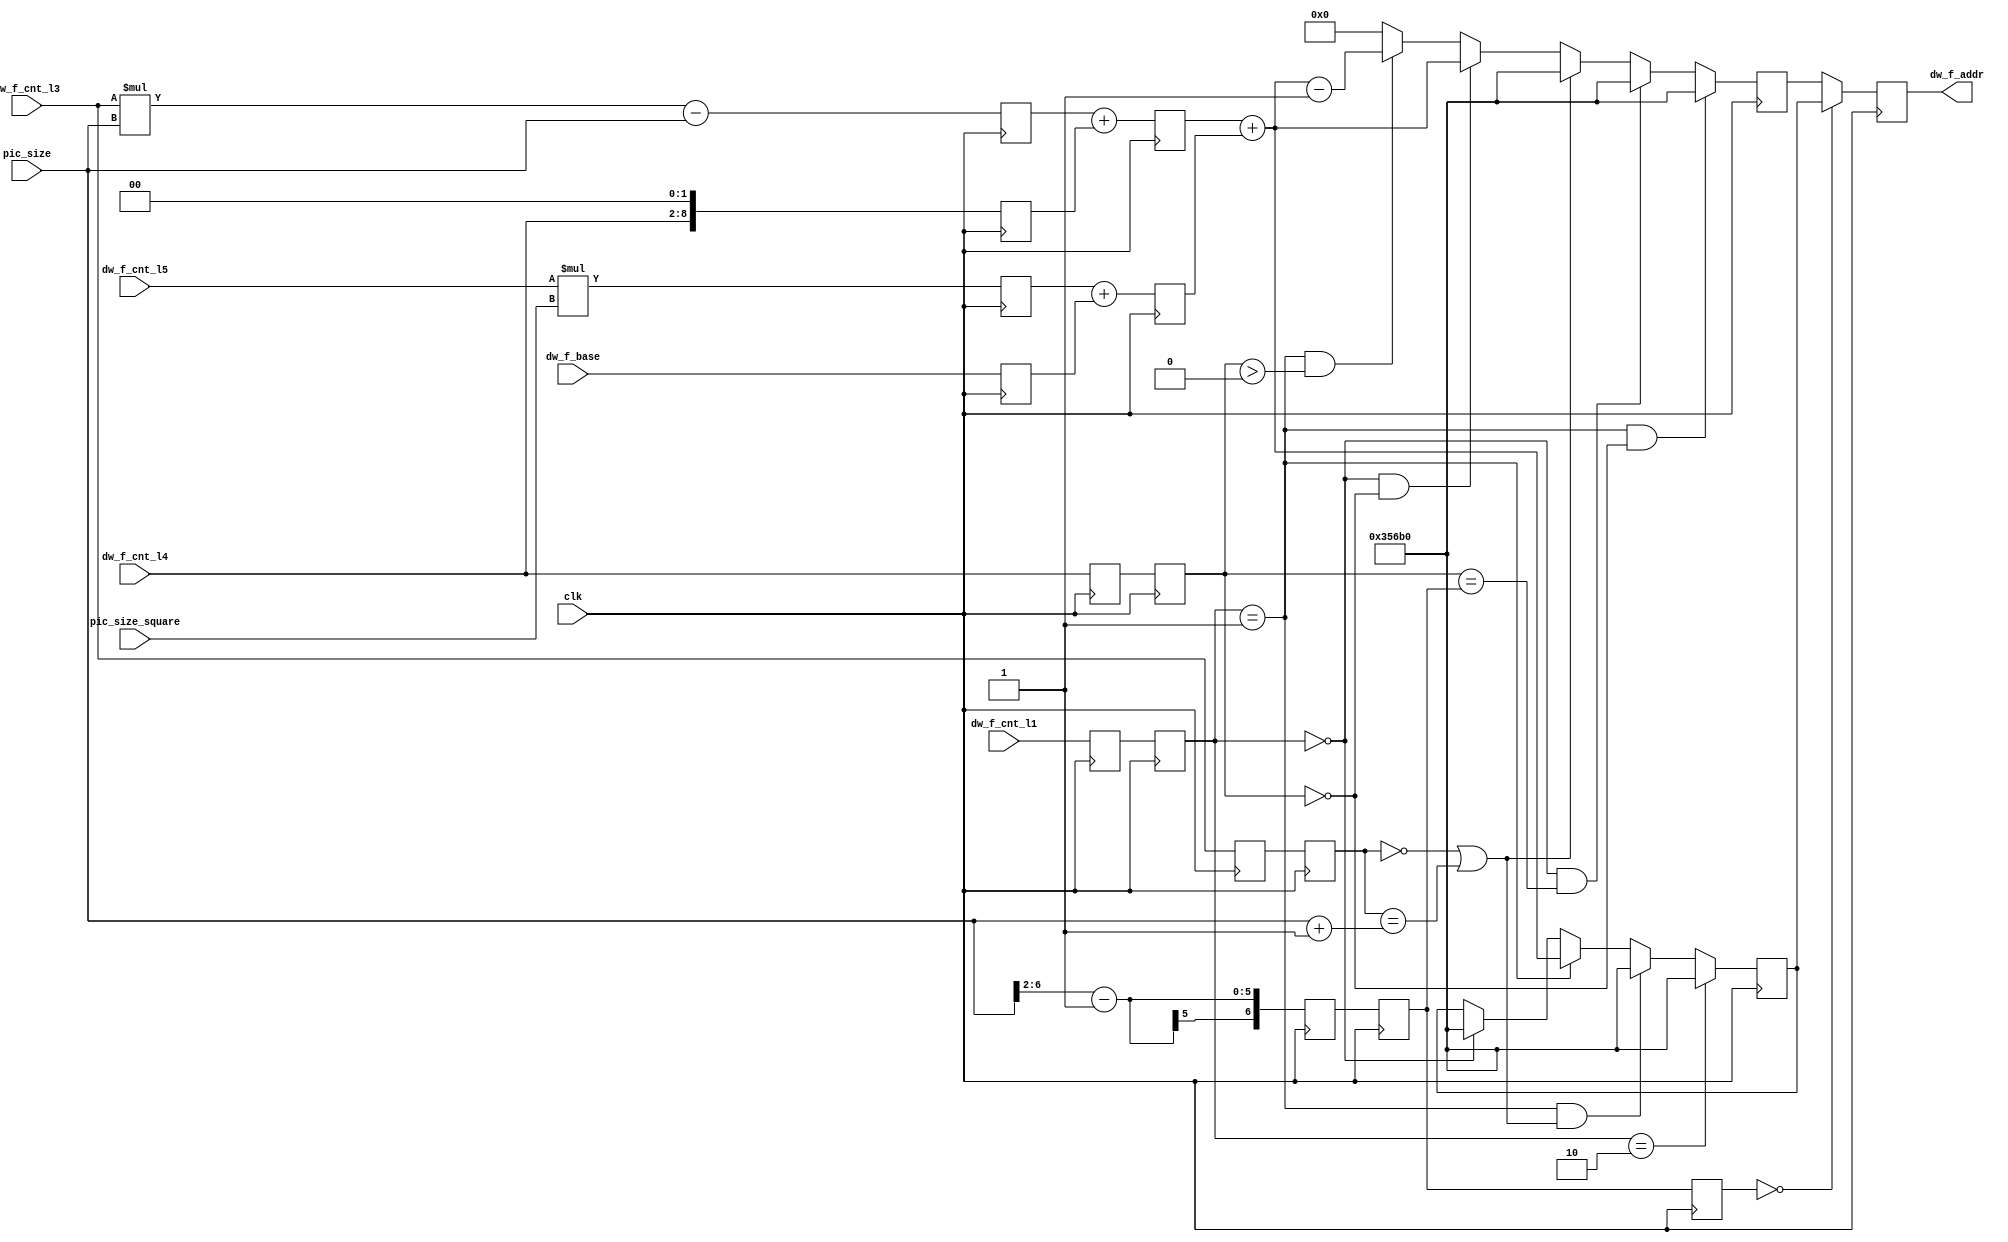
module rd_dw_f_addr_gen(
    input                   clk        ,
    
    input [25:0]            dw_f_base       ,
    input [ 7:0]            pic_size        ,
    input [15:0]            pic_size_square ,
    
    input [ 6:0]            dw_f_cnt_l1     ,
    // input [ 6:0]            dw_f_cnt_l2     ,
    input [ 6:0]            dw_f_cnt_l3     ,
    input [ 6:0]            dw_f_cnt_l4     ,
    input [ 6:0]            dw_f_cnt_l5     ,
    
    output reg [25:0]       dw_f_addr
);
/*
    type1 : dw_f_cnt_l4 == 11'd0 && dw_f_cnt_l1 == 11'd1
            type1_addr = dw_f_base + dw_f_cnt_l3*pic_size + dw_f_cnt_l5*pic_size*pic_size
    type2 : dw_f_cnt_l4 > 11'b0 && dw_f_cnt_l1 == 11'd0
            type2_addr = dw_f_base + dw_f_cnt_l3*pic_size + dw_f_cnt_l4*4 + dw_f_cnt_l5*pic_size*pic_size*16
*/ 
// 
reg [14:0]                  Cntl3_MulPic;
reg [ 8:0]                  Cntl4_Mul2;
reg [22:0]                  Cntl5_MulPsize2;

always @ (posedge clk) begin 
    Cntl3_MulPic    <= dw_f_cnt_l3 * pic_size - pic_size;
    Cntl4_Mul2      <= {dw_f_cnt_l4, 2'b0};
    Cntl5_MulPsize2 <= dw_f_cnt_l5 * pic_size_square;
end

reg [ 6:0]                  dw_f_cnt_l1_r1;
reg [ 6:0]                  dw_f_cnt_l3_r1;
reg [ 6:0]                  dw_f_cnt_l4_r1;

always @ (posedge clk) begin 
    dw_f_cnt_l1_r1 <= dw_f_cnt_l1;
    dw_f_cnt_l3_r1 <= dw_f_cnt_l3;
    dw_f_cnt_l4_r1 <= dw_f_cnt_l4;
end

reg [25:0]                  dw_f_addr_base_r  ;
reg [6:0]                   pic_size_div_4    ;

always @ (posedge clk) begin 
    dw_f_addr_base_r <= dw_f_base;
    pic_size_div_4   <= {2'b0, pic_size[6:2]} - 1'b1;
end

//
reg [15:0]                  dw_f_addr_type1_add1;
reg [25:0]                  dw_f_addr_type1_add2;

always @ (posedge clk) begin 
    dw_f_addr_type1_add1 <= Cntl3_MulPic + Cntl4_Mul2;
    dw_f_addr_type1_add2 <= Cntl5_MulPsize2 + dw_f_addr_base_r;
end

reg [6:0]                   dw_f_cnt_l1_r2;
reg [6:0]                   dw_f_cnt_l3_r2;
reg [6:0]                   dw_f_cnt_l4_r2;
reg [6:0]                   pic_size_div_4_r1;

always @ (posedge clk) begin 
    dw_f_cnt_l1_r2 <= dw_f_cnt_l1_r1;
    dw_f_cnt_l3_r2 <= dw_f_cnt_l3_r1;
    dw_f_cnt_l4_r2 <= dw_f_cnt_l4_r1;
    pic_size_div_4_r1 <= pic_size_div_4;
end

//
reg [25:0]                  dw_f_addr_out1; // pic_size > 4
reg [25:0]                  dw_f_addr_out2; // pic_size = 4
reg [6:0]                   pic_size_div_4_r2;

always @ (posedge clk) begin 
    if (dw_f_cnt_l1_r2 == 11'd1 && dw_f_cnt_l4_r2 == 11'd0) begin 
        dw_f_addr_out1 <= 26'd218800;  //
    end else if (dw_f_cnt_l1_r2 == 11'd0 && dw_f_cnt_l4_r2 == pic_size_div_4_r1) begin 
        dw_f_addr_out1 <= 26'd218800;  //
    end else if (dw_f_cnt_l3_r2 == 11'd0 || dw_f_cnt_l3_r2 == pic_size+1) begin 
        dw_f_addr_out1 <= 26'd218800;  //
    end else if (dw_f_cnt_l1_r2 == 11'd0 && dw_f_cnt_l4_r2 == 11'd0) begin 
        dw_f_addr_out1 <= dw_f_addr_type1_add1 + dw_f_addr_type1_add2;
    end else if (dw_f_cnt_l1_r2 == 11'd1 && dw_f_cnt_l4_r2 > 11'd0) begin 
        dw_f_addr_out1 <= dw_f_addr_type1_add1 + dw_f_addr_type1_add2 - 1'b1;
    end else begin 
        dw_f_addr_out1 <= 26'd0;
    end
end

always @ (posedge clk) begin 
    if (dw_f_cnt_l1_r2 == 7'd2) begin 
        dw_f_addr_out2 <= 26'd218800;  //
    end else if (dw_f_cnt_l1_r2 == 7'd1 && (dw_f_cnt_l3_r2 == 11'd0 || dw_f_cnt_l3_r2 == pic_size+1)) begin 
        dw_f_addr_out2 <= 26'd218800;  //
    end else if (dw_f_cnt_l1_r2 == 7'd1) begin 
        dw_f_addr_out2 <= dw_f_addr_type1_add1 + dw_f_addr_type1_add2;
    end else if (dw_f_cnt_l1_r2 == 7'd0) begin 
        dw_f_addr_out2 <= 26'd218800;  //
    end
end

always @ (posedge clk) begin 
    pic_size_div_4_r2 <= pic_size_div_4_r1;
end

//
always @ (posedge clk) begin 
    if (pic_size_div_4_r2 == 7'd0) begin 
        dw_f_addr <= dw_f_addr_out2; 
    end else begin 
        dw_f_addr <= dw_f_addr_out1; 
    end
end


endmodule